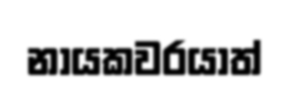
නායකවරයාත්